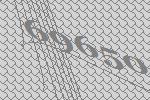
69650